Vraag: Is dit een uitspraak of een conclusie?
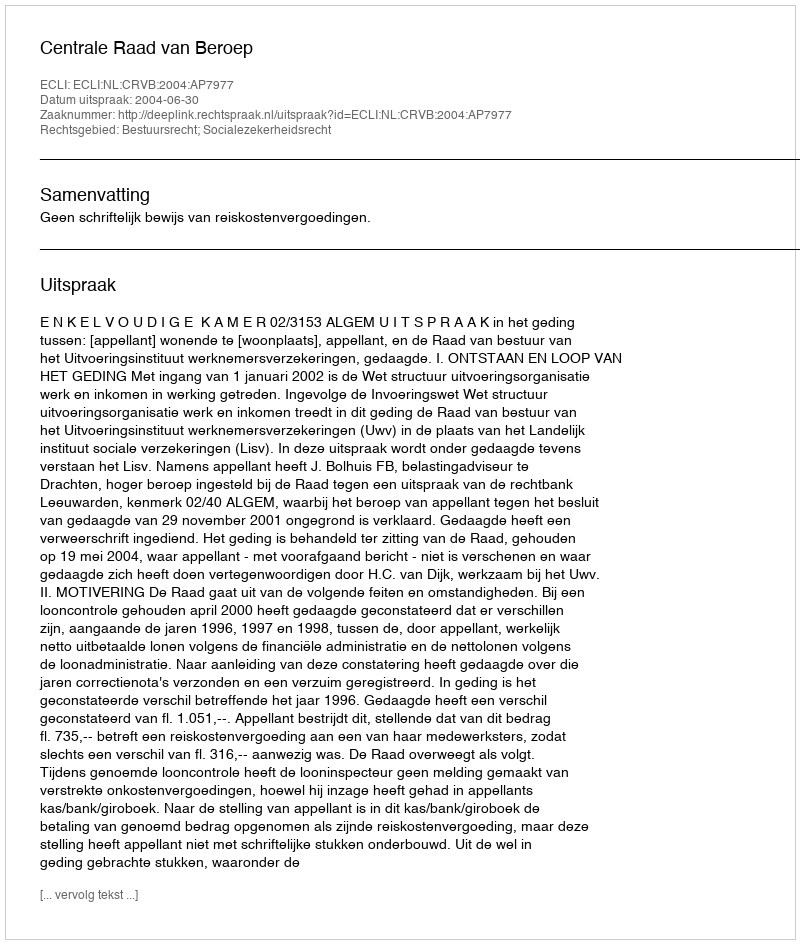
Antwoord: Uitspraak